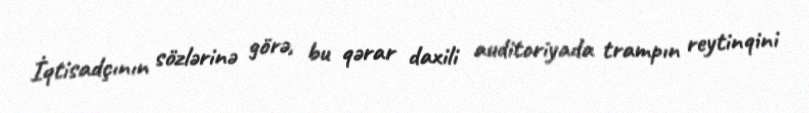
İqtisadçının sözlərinə görə, bu qərar daxili auditoriyada trampın reytinqini